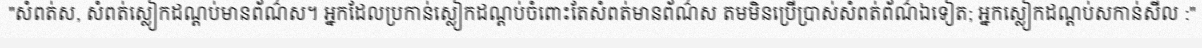
"សំពត់ស, សំពត់ស្លៀកដណ្តប់មានព័ណ៌ស។ អ្នកដែលប្រកាន់ស្លៀកដណ្តប់ចំពោះតែសំពត់មានព័ណ៌ស តមមិនប្រើប្រាស់សំពត់ព័ណ៌ឯទៀត; អ្នកស្លៀកដណ្តប់សកាន់សីល :"